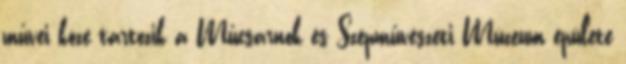
művei közé tartozik a Műcsarnok és Szépművészeti Múzeum épülete